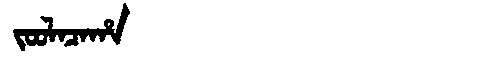
Manchu: ᠵᠣᠣᠯᠠᠴᠠᡥᠠ
Romanization: JOOLACAHA